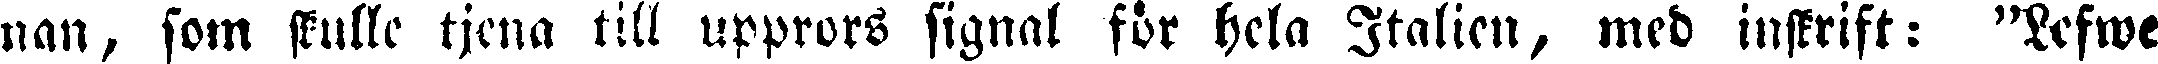
nan, som skulle tjena till upprors signal för hela Italien, med inskrift: "Lofwe